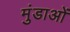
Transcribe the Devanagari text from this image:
मुंडाओं